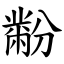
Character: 黺